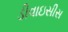
ડીવાઇસીસ